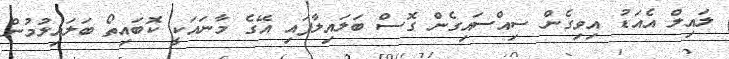
ލައިލް އެއަޑު އިވިގެން ސިއްސައިގެން ގޮސް ބަލައިލާފައި އޭގެ މާނައަކީ ކޮބައިތޯ ބަލައިލުމުން